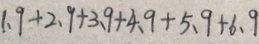
1 . 9 + 2 . 9 + 3 . 9 + 4 . 9 + 5 . 9 + 6 . 9